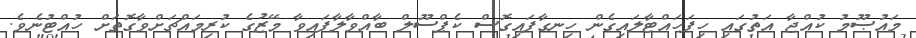
މައުޞޫމު ކުއްޖާ އަތުގައި ހިފަހައްޓާލައިގެން ހިނގާފައިގޮސް ކެޕްސޫލް ބާއްވާލާފައިވާ މޭޒުގެ ކުރިމައްޗަށްވާގޮތަށް ހުއްޓުނެވެ.